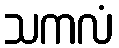
သကလံ